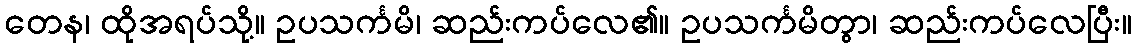
တေန၊ ထိုအရပ်သို့။ ဥပသင်္ကမိ၊ ဆည်းကပ်လေ၏။ ဥပသင်္ကမိတွာ၊ ဆည်းကပ်လေပြီး။